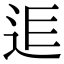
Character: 𨒎